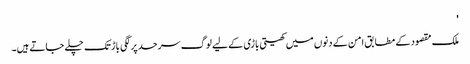
'
ملک مقصود کے مطابق امن کے دنوں میں کھیتی باڑی کے لیے لوگ سرحد پر لگی باڑ تک چلے جاتے ہیں۔